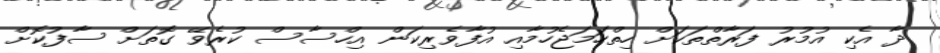
ދާ އެކި އުމުރު ފަރާތްތަކަށް ހިތްހަމަޖެހުމާއި އުފާވެރިކަން އިހްސާސް ކުރެވޭ ގޮތަށް ސާފުކޮށް